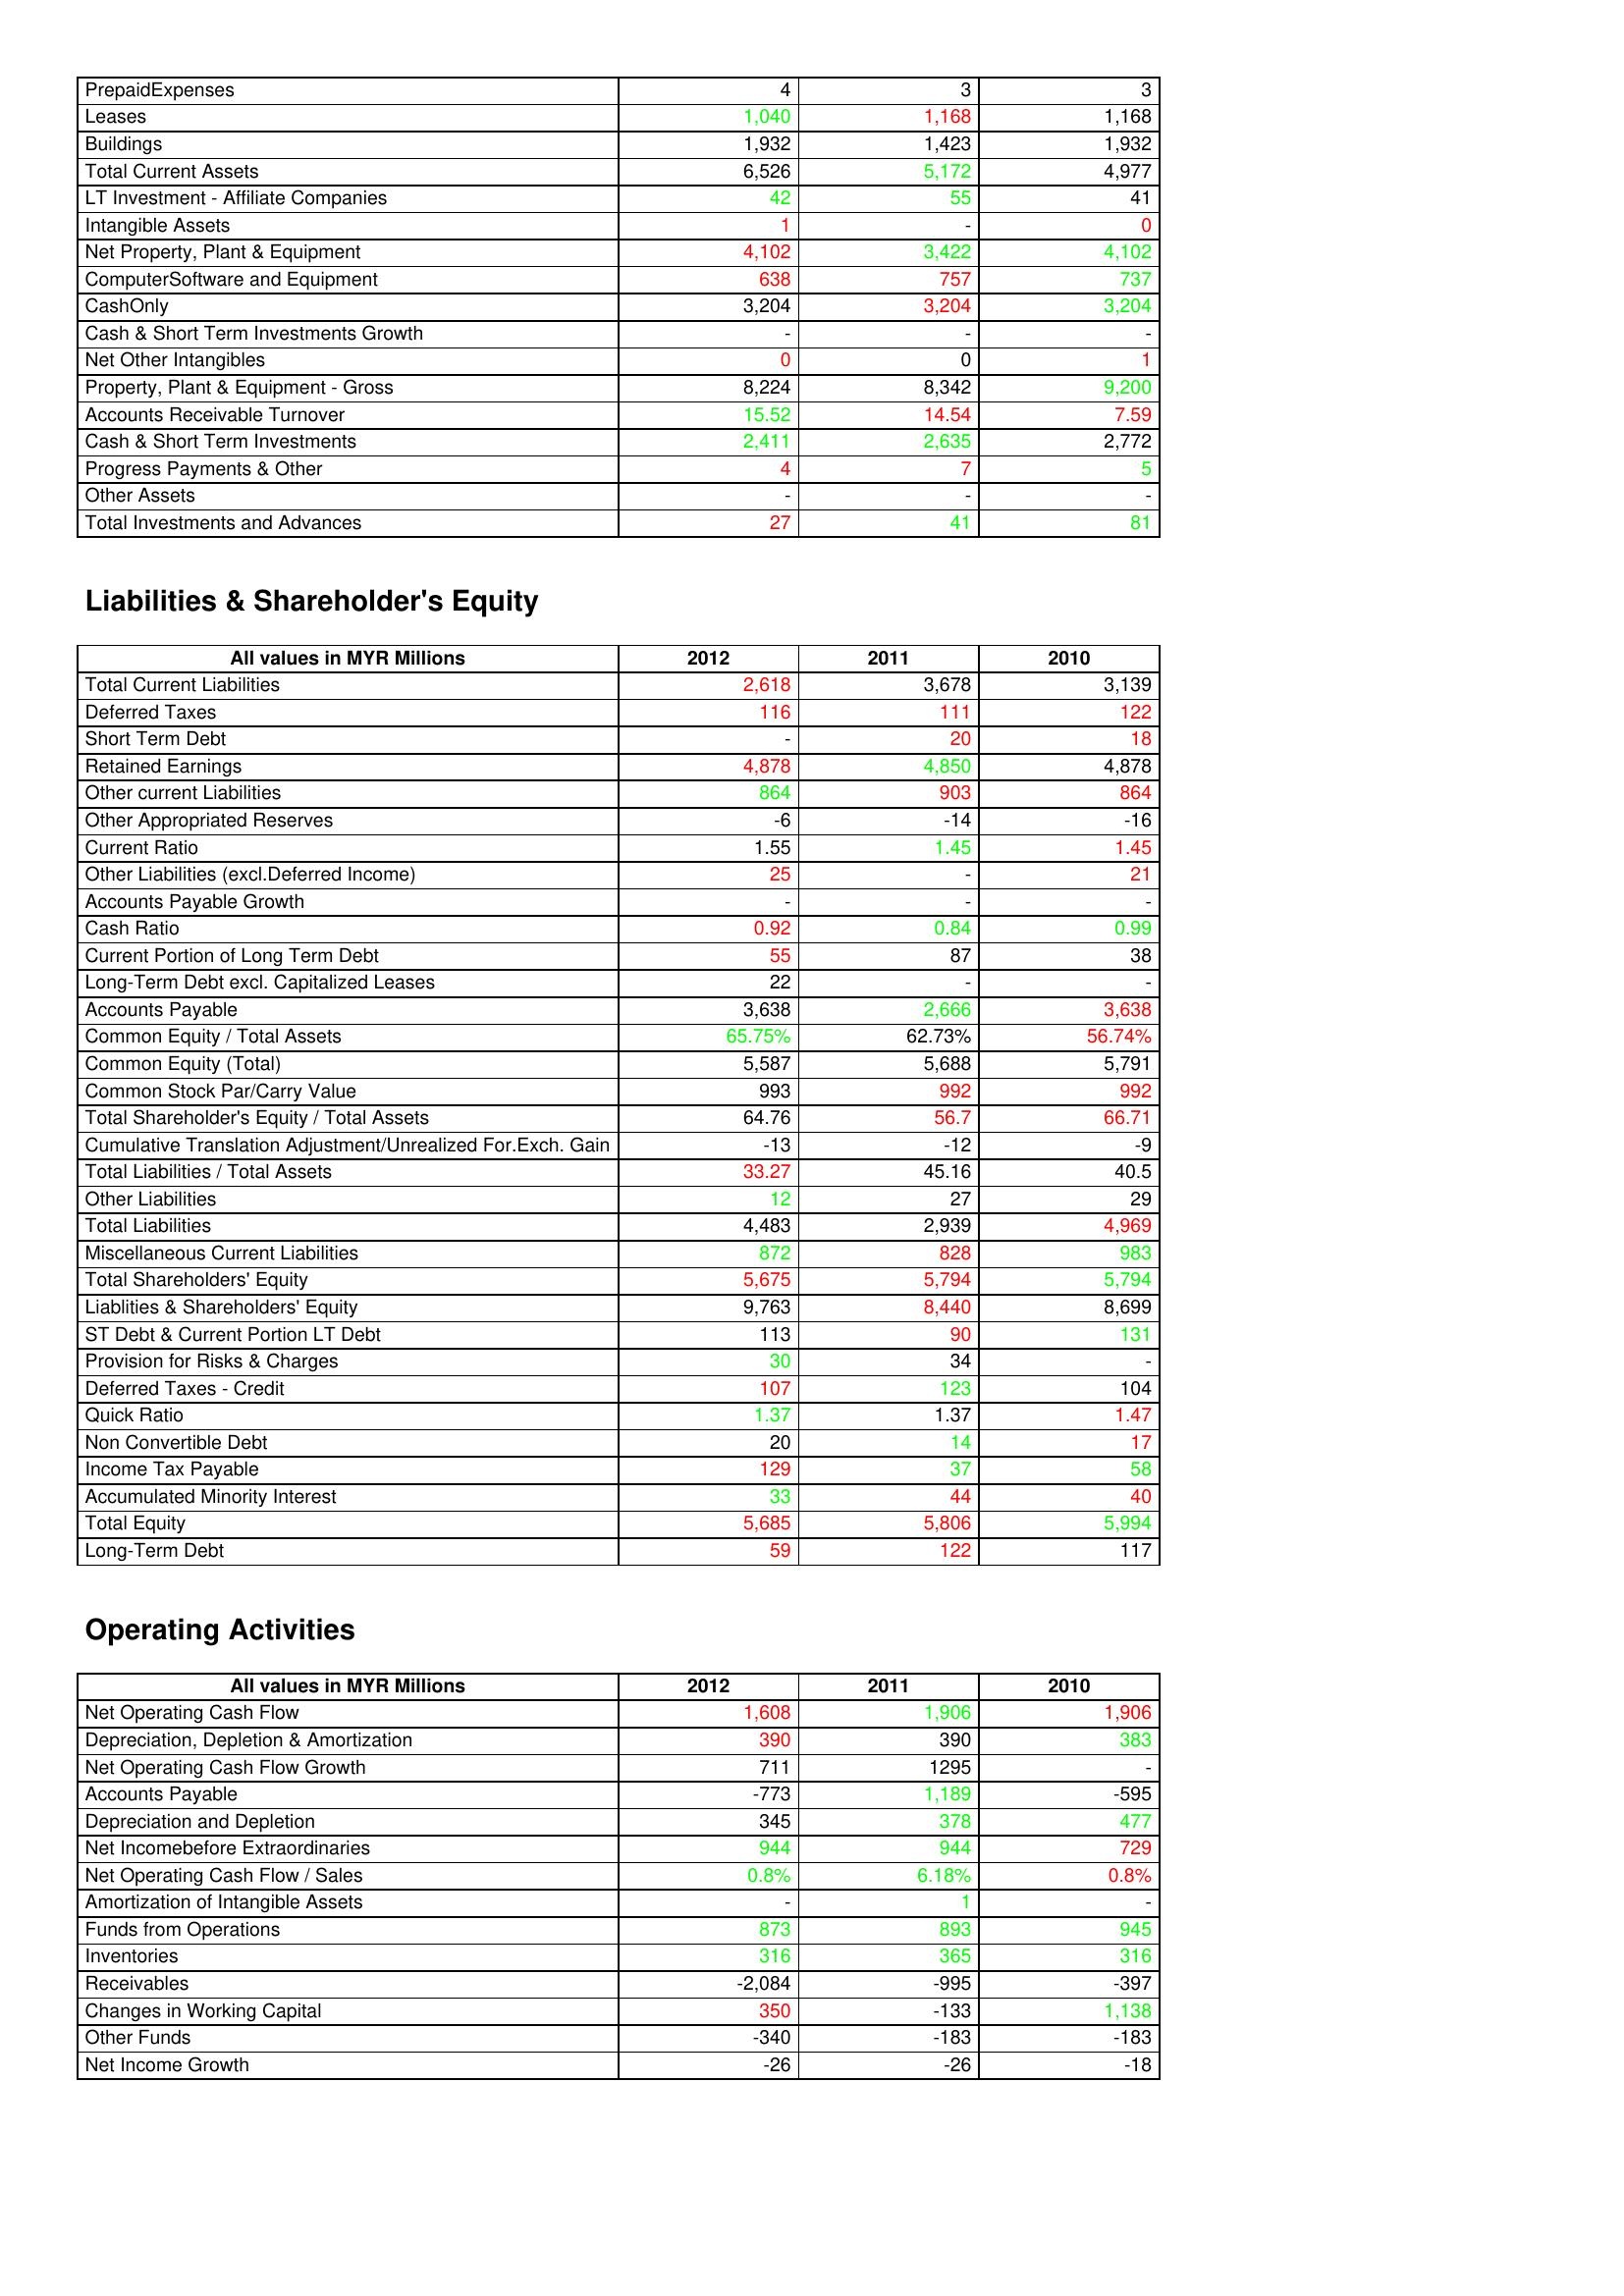
gt_parse: 2012: Assets: PrepaidExpenses: 4
Leases: 1,040
Buildings: 1,932
Total Current Assets: 6,526
LT Investment - Affiliate Companies: 42
Intangible Assets: 1
Net Property, Plant & Equipment: 4,102
ComputerSoftware and Equipment: 638
CashOnly: 3,204
Cash & Short Term Investments Growth: -
Net Other Intangibles: 0
Property, Plant & Equipment - Gross : 8,224
Accounts Receivable Turnover: 15.52
Cash & Short Term Investments: 2,411
Progress Payments & Other: 4
Other Assets: -
Total Investments and Advances: 27
Liabilities & Shareholder's Equity: Total Current Liabilities: 2,618
Deferred Taxes: 116
Short Term Debt: -
Retained Earnings: 4,878
Other current Liabilities: 864
Other Appropriated Reserves: -6
Current Ratio: 1.55
Other Liabilities (excl.Deferred Income): 25
Accounts Payable Growth: -
Cash Ratio: 0.92
Current Portion of Long Term Debt: 55
Long-Term Debt excl. Capitalized Leases: 22
Accounts Payable: 3,638
Common Equity / Total Assets: 65.75%
Common Equity (Total): 5,587
Common Stock Par/Carry Value: 993
Total Shareholder's Equity / Total Assets: 64.76
Cumulative Translation Adjustment/Unrealized For.Exch. Gain: -13
Total Liabilities / Total Assets: 33.27
Other Liabilities: 12
Total Liabilities: 4,483
Miscellaneous Current Liabilities: 872
Total Shareholders' Equity: 5,675
Liablities & Shareholders' Equity: 9,763
ST Debt & Current Portion LT Debt: 113
Provision for Risks & Charges: 30
Deferred Taxes - Credit: 107
Quick Ratio: 1.37
Non Convertible Debt: 20
Income Tax Payable: 129
Accumulated Minority Interest: 33
Total Equity: 5,685
Long-Term Debt: 59
Operating Activities: Net Operating Cash Flow: 1,608
Depreciation, Depletion & Amortization: 390
Net Operating Cash Flow Growth: 711
Accounts Payable: -773
Depreciation and Depletion: 345
Net Incomebefore Extraordinaries: 944
Net Operating Cash Flow / Sales: 0.8%
Amortization of Intangible Assets: -
Funds from Operations: 873
Inventories: 316
Receivables: -2,084
Changes in Working Capital: 350
Other Funds: -340
Net Income Growth: -26
2011: Assets: PrepaidExpenses: 3
Leases: 1,168
Buildings: 1,423
Total Current Assets: 5,172
LT Investment - Affiliate Companies: 55
Intangible Assets: -
Net Property, Plant & Equipment: 3,422
ComputerSoftware and Equipment: 757
CashOnly: 3,204
Cash & Short Term Investments Growth: -
Net Other Intangibles: 0
Property, Plant & Equipment - Gross : 8,342
Accounts Receivable Turnover: 14.54
Cash & Short Term Investments: 2,635
Progress Payments & Other: 7
Other Assets: -
Total Investments and Advances: 41
Liabilities & Shareholder's Equity: Total Current Liabilities: 3,678
Deferred Taxes: 111
Short Term Debt: 20
Retained Earnings: 4,850
Other current Liabilities: 903
Other Appropriated Reserves: -14
Current Ratio: 1.45
Other Liabilities (excl.Deferred Income): -
Accounts Payable Growth: -
Cash Ratio: 0.84
Current Portion of Long Term Debt: 87
Long-Term Debt excl. Capitalized Leases: -
Accounts Payable: 2,666
Common Equity / Total Assets: 62.73%
Common Equity (Total): 5,688
Common Stock Par/Carry Value: 992
Total Shareholder's Equity / Total Assets: 56.7
Cumulative Translation Adjustment/Unrealized For.Exch. Gain: -12
Total Liabilities / Total Assets: 45.16
Other Liabilities: 27
Total Liabilities: 2,939
Miscellaneous Current Liabilities: 828
Total Shareholders' Equity: 5,794
Liablities & Shareholders' Equity: 8,440
ST Debt & Current Portion LT Debt: 90
Provision for Risks & Charges: 34
Deferred Taxes - Credit: 123
Quick Ratio: 1.37
Non Convertible Debt: 14
Income Tax Payable: 37
Accumulated Minority Interest: 44
Total Equity: 5,806
Long-Term Debt: 122
Operating Activities: Net Operating Cash Flow: 1,906
Depreciation, Depletion & Amortization: 390
Net Operating Cash Flow Growth: 1295
Accounts Payable: 1,189
Depreciation and Depletion: 378
Net Incomebefore Extraordinaries: 944
Net Operating Cash Flow / Sales: 6.18%
Amortization of Intangible Assets: 1
Funds from Operations: 893
Inventories: 365
Receivables: -995
Changes in Working Capital: -133
Other Funds: -183
Net Income Growth: -26
2010: Assets: PrepaidExpenses: 3
Leases: 1,168
Buildings: 1,932
Total Current Assets: 4,977
LT Investment - Affiliate Companies: 41
Intangible Assets: 0
Net Property, Plant & Equipment: 4,102
ComputerSoftware and Equipment: 737
CashOnly: 3,204
Cash & Short Term Investments Growth: -
Net Other Intangibles: 1
Property, Plant & Equipment - Gross : 9,200
Accounts Receivable Turnover: 7.59
Cash & Short Term Investments: 2,772
Progress Payments & Other: 5
Other Assets: -
Total Investments and Advances: 81
Liabilities & Shareholder's Equity: Total Current Liabilities: 3,139
Deferred Taxes: 122
Short Term Debt: 18
Retained Earnings: 4,878
Other current Liabilities: 864
Other Appropriated Reserves: -16
Current Ratio: 1.45
Other Liabilities (excl.Deferred Income): 21
Accounts Payable Growth: -
Cash Ratio: 0.99
Current Portion of Long Term Debt: 38
Long-Term Debt excl. Capitalized Leases: -
Accounts Payable: 3,638
Common Equity / Total Assets: 56.74%
Common Equity (Total): 5,791
Common Stock Par/Carry Value: 992
Total Shareholder's Equity / Total Assets: 66.71
Cumulative Translation Adjustment/Unrealized For.Exch. Gain: -9
Total Liabilities / Total Assets: 40.5
Other Liabilities: 29
Total Liabilities: 4,969
Miscellaneous Current Liabilities: 983
Total Shareholders' Equity: 5,794
Liablities & Shareholders' Equity: 8,699
ST Debt & Current Portion LT Debt: 131
Provision for Risks & Charges: -
Deferred Taxes - Credit: 104
Quick Ratio: 1.47
Non Convertible Debt: 17
Income Tax Payable: 58
Accumulated Minority Interest: 40
Total Equity: 5,994
Long-Term Debt: 117
Operating Activities: Net Operating Cash Flow: 1,906
Depreciation, Depletion & Amortization: 383
Net Operating Cash Flow Growth: -
Accounts Payable: -595
Depreciation and Depletion: 477
Net Incomebefore Extraordinaries: 729
Net Operating Cash Flow / Sales: 0.8%
Amortization of Intangible Assets: -
Funds from Operations: 945
Inventories: 316
Receivables: -397
Changes in Working Capital: 1,138
Other Funds: -183
Net Income Growth: -18